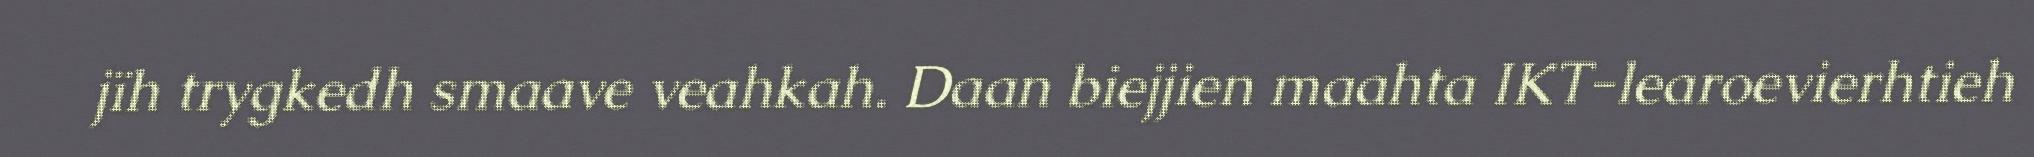
jïh trygkedh smaave veahkah. Daan biejjien maahta IKT-learoevierhtieh